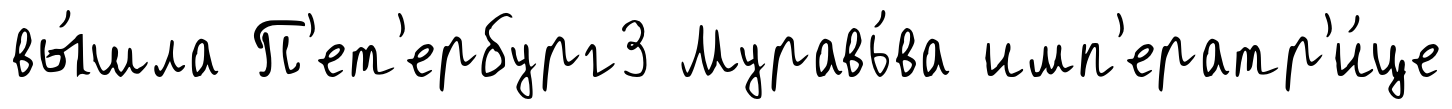
вы́шла П'ет'ербург3 Муравь́ва имп'ератр'и́це